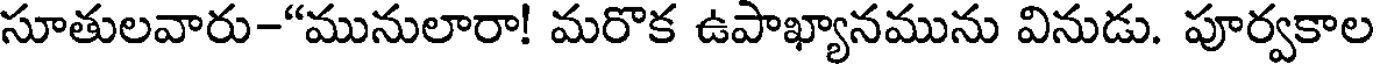
సూతులవారు-"మునులారా! మరొక ఉపాఖ్యానమును వినుడు. పూర్వకాల